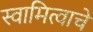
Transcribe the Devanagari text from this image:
स्वामित्वाचे